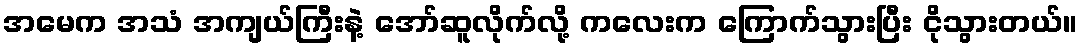
အမေက အသံ အကျယ်ကြီးနဲ့ အော်ဆူလိုက်လို့ ကလေးက ကြောက်သွားပြီး ငိုသွားတယ်။